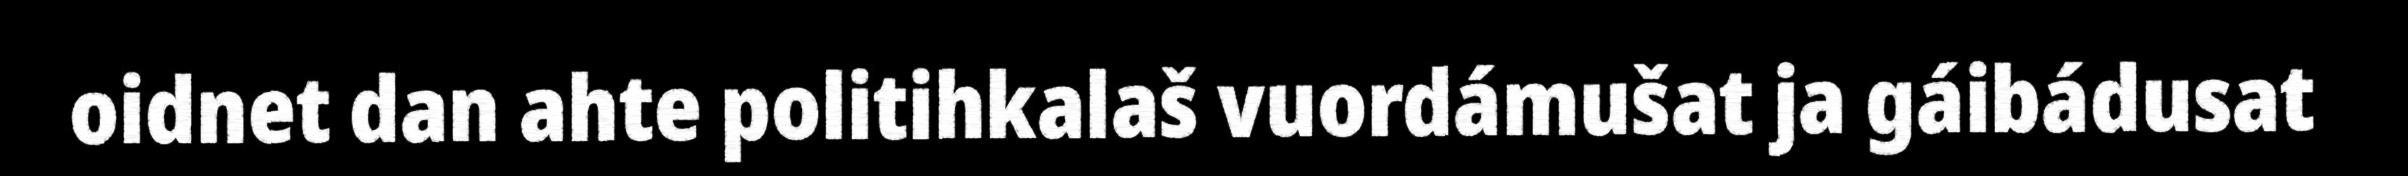
oidnet dan ahte politihkalaš vuordámušat ja gáibádusat